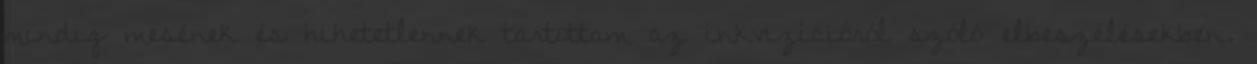
mindig mesének és hihetetlennek tartottam az inkvizícióról szóló elbeszélésekben.